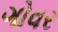
ગોવર